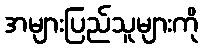
အများပြည်သူများကို